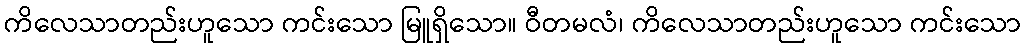
ကိလေသာတည်းဟူသော ကင်းသော မြူရှိသော။ ဝီတမလံ၊ ကိလေသာတည်းဟူသော ကင်းသော